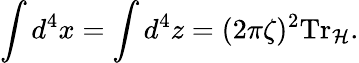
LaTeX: \int d^{4}x=\int d^{4}z=(2\pi\zeta)^{2}\mathrm{Tr}_{\cal H}.